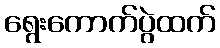
ရွေးကောက်ပွဲထက်